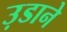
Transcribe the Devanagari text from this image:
उ़डाने